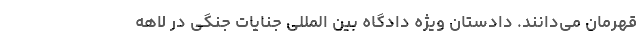
قهرمان می‌دانند. دادستان ویژه دادگاه بین المللی جنایات جنگی در لاهه